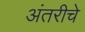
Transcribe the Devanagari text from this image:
अंतरीचे